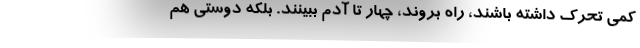
کمی تحرک داشته باشند، راه بروند، چهار تا آدم ببینند. بلکه دوستی هم